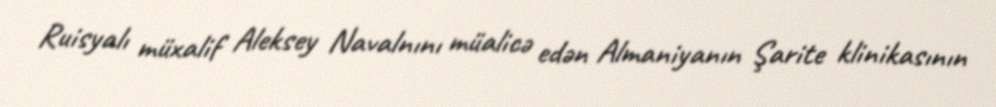
Ruisyalı müxalif Aleksey Navalnını müalicə edən Almaniyanın Şarite klinikasının